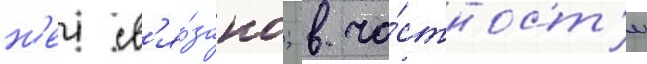
н'еи св'я́зано; в ча́стност'и